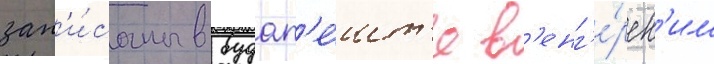
зап'и́саны в будап'е́шт'е в'енг'е́рск'им